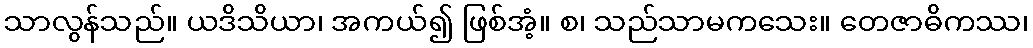
သာလွန်သည်။ ယဒိသိယာ၊ အကယ်၍ ဖြစ်အံ့။ စ၊ သည်သာမကသေး။ တေဇာဓိကဿ၊